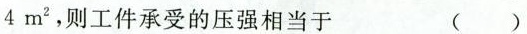
4m^{2}, 则工件承受的压强相当于 ( )